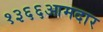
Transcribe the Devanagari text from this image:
१३६६आमदार